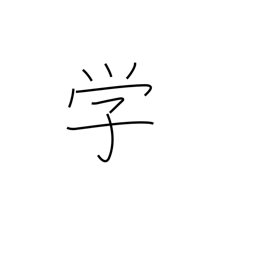
Meaning: learning